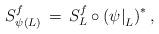
LaTeX: \begin{align*} S^f_{\psi(L)} \,=\, S_L^f \circ \left( \psi {\mid}_{L}\right)^*,\end{align*}